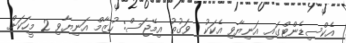
އެކްސިޑެންޓްގައި އަނިޔާވި އެކަކު  ވަގުތު އިމޭޖަސް: ހުޒާމް އަނިޔާވި 2 މީހަކަށް